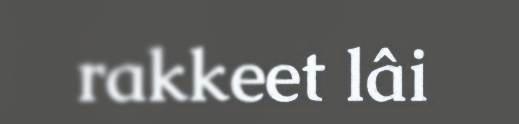
rakkeet lâi